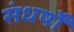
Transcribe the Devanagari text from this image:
संधर्षों